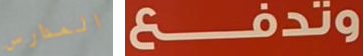
المدارس وتدفع